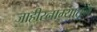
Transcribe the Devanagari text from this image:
जाहीरनाम्यातून